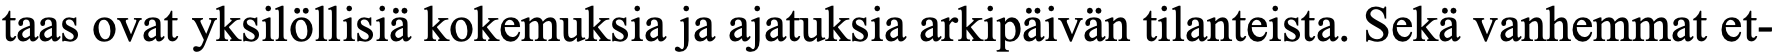
taas ovat yksilöllisiä kokemuksia ja ajatuksia arkipäivän tilanteista. Sekä vanhemmat et-